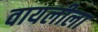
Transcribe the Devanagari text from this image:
वायलीला